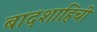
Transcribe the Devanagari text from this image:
बादशाहिची